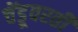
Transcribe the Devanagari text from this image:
चेंडूवरती